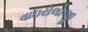
વાઇરોલોજી